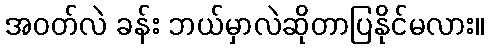
အဝတ်လဲ ခန်း ဘယ်မှာလဲဆိုတာပြနိုင်မလား။